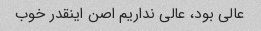
عالی بود، عالی نداریم اصن اینقدر خوب